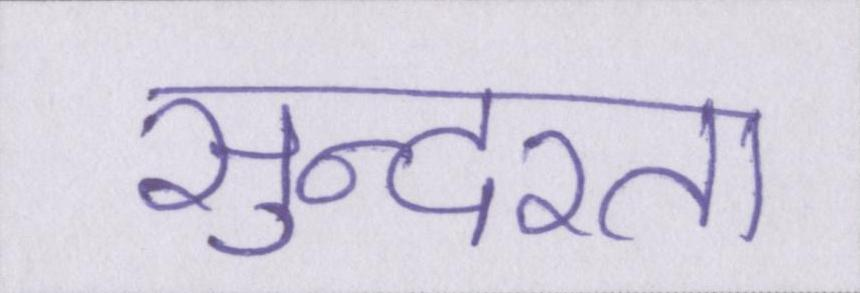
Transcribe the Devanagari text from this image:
सुन्दरता